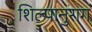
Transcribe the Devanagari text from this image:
शिल्पानुराग